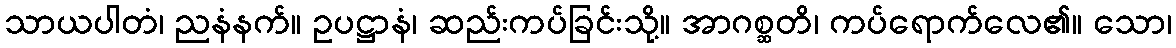
သာယပါတံ၊ ညနံနက်။ ဥပဋ္ဌာနံ၊ ဆည်းကပ်ခြင်းသို့။ အာဂစ္ဆတိ၊ ကပ်ရောက်လေ၏။ သော၊